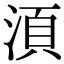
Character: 湏